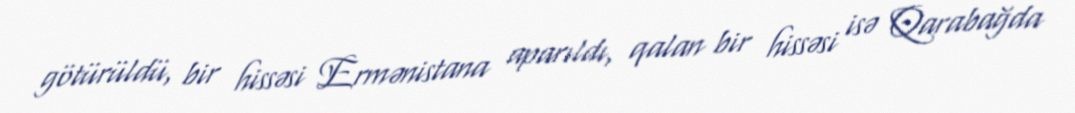
götürüldü, bir hissəsi Ermənistana aparıldı, qalan bir hissəsi isə Qarabağda